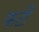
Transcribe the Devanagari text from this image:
फटीं